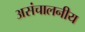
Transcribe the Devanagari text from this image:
असंचालनीय